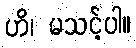
ဟိ၊ မသင့်ပါ။